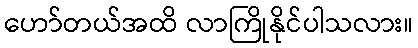
ဟော်တယ်အထိ လာကြိုနိုင်ပါသလား။